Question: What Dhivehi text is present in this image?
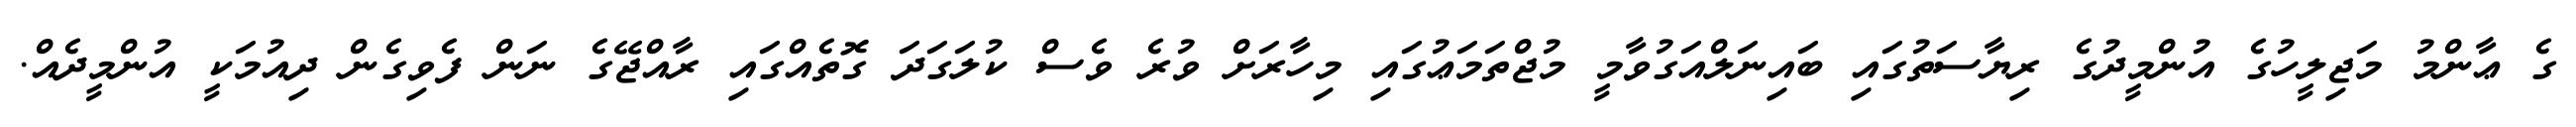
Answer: ގެ ޢާންމު މަޖިލީހުގެ އުންމީދުގެ ރިޔާސަތުގައި ބައިނަލްއަގުވާމީ މުޖްތަމަޢުގައި މިހާރަށް ވުރެ ވެސް ކުލަގަދަ ގޮތެއްގައި ރާއްޖޭގެ ނަން ފެވިގެން ދިއުމަކީ އުންމީދެއް.